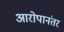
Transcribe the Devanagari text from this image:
आरोपानंतर